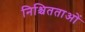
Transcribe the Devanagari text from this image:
निश्चितताओं